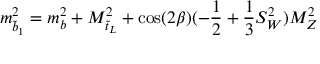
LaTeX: m _ { \tilde { b } _ { 1 } } ^ { 2 } = m _ { b } ^ { 2 } + M _ { \tilde { t } _ { L } } ^ { 2 } + \cos ( 2 \beta ) ( - \frac { 1 } { 2 } + \frac { 1 } { 3 } S _ { W } ^ { 2 } ) M _ { Z } ^ { 2 }